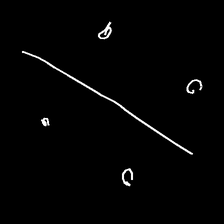
Glyph: cool